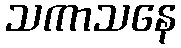
သကာသနေ